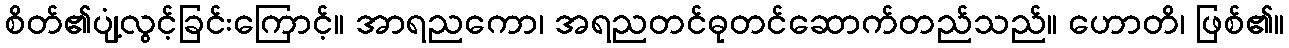
စိတ်၏ပျံ့လွင့်ခြင်းကြောင့်။ အာရညကော၊ အရညတင်ဓုတင်ဆောက်တည်သည်။ ဟောတိ၊ ဖြစ်၏။